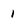
Character: 1